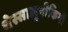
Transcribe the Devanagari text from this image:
थेस्सालुनीकियों